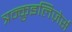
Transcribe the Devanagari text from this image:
त्रन्क़ुइलिज़ेर्स